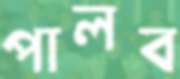
পালব